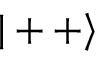
| + + \rangle